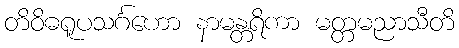
တိဝိဓရူပသင်္ဂဟော နာမန္တရိကာ မတ္တမညာသီတိ